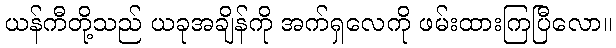
ယန်ကီတို့သည် ယခုအချိန်ကို အက်ရှလေကို ဖမ်းထားကြပြီလော။